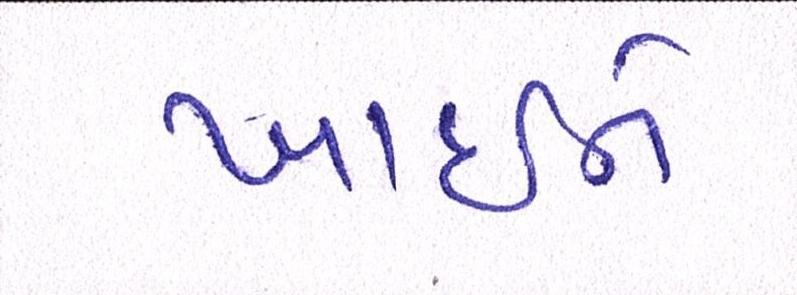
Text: ખાઇને